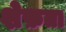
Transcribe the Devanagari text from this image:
शेफ़ता